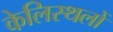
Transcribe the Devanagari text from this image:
केलिस्थलों